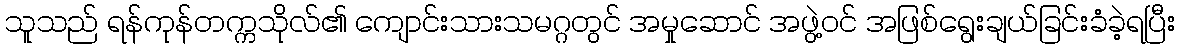
သူသည် ရန်ကုန်တက္ကသိုလ်၏ ကျောင်းသားသမဂ္ဂတွင် အမှုဆောင် အဖွဲ့ဝင် အဖြစ်ရွေးချယ်ခြင်းခံခဲ့ရပြီး